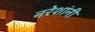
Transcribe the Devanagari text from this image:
नरेशांनी